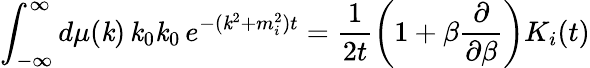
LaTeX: \int_{-\infty}^{\infty}d\mu(\mathit{k})\, \mathit{k}_{0}\mathit{k}_{0}\, e^{-(\mathit{k}^{2}+m_{i}^{2})t}=\frac{1}{{2t}}\left(1+\beta\frac{\partial}{{\partial\beta}}\right)K_{i}(t)